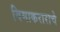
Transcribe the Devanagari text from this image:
विमाकराराचे